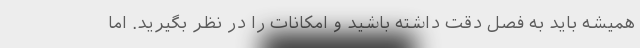
همیشه باید به فصل دقت داشته باشید و امکانات را در نظر بگیرید. اما